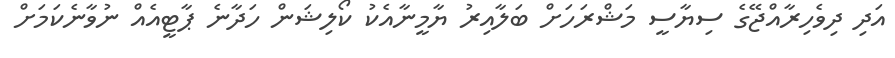
އަދި ދިވެހިރާއްޖޭގެ ސިޔާސީ މަޝްރަހަށް ބަލާއިރު ޔާމީނާއެކު ކޯލިޝަން ހަދާނެ ޕާޓީއެއް ނުވާނެކަމަށް